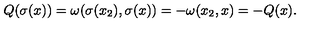
Q ( \sigma ( x ) ) = \omega ( \sigma ( x _ { 2 } ) , \sigma ( x ) ) = - \omega ( x _ { 2 } , x ) = - Q ( x ) .